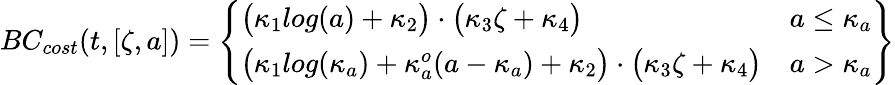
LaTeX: BC_{cost}(t,[\zeta,a])=\left.\left\{ \begin{array}{ll}{\big(\kappa_{1}log(a)+\kappa_{2}\big)\cdot\big(\kappa_{3}\zeta+\kappa_{4}\big)}&{a\leq\kappa_{a}}\\ {\big(\kappa_{1}log(\kappa_{a})+\kappa_{a}^{o}(a-\kappa_{a})+\kappa_{2}\big)\cdot\big(\kappa_{3}\zeta+\kappa_{4}\big)}&{a>\kappa_{a}}\end{array}\right.\right\}